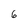
Character: 6